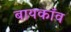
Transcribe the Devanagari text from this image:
बायकॉव